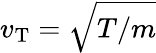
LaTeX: v_{\mathrm{T}}=\sqrt{T/m}